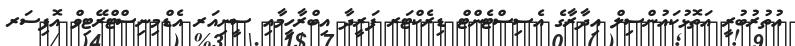
އުތުރުބުރީ އަތޮޅުކައުންސިލް އިދާރާގެ އެސިސްޓެންޓް ޑިރެކްޓަރ ފަރީދާ އިބްރާހީމާއި ސީނިއަރ އެޑްމިނިސްޓްރޭޓިވް އޮފިސަރ